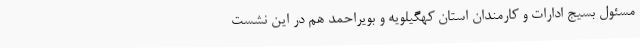
مسئول بسیج ادارات و کارمندان استان کهگیلویه و بویراحمد هم در این نشست